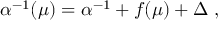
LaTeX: \alpha ^ { - 1 } ( \mu ) = \alpha ^ { - 1 } + f ( \mu ) + \Delta ~ ,